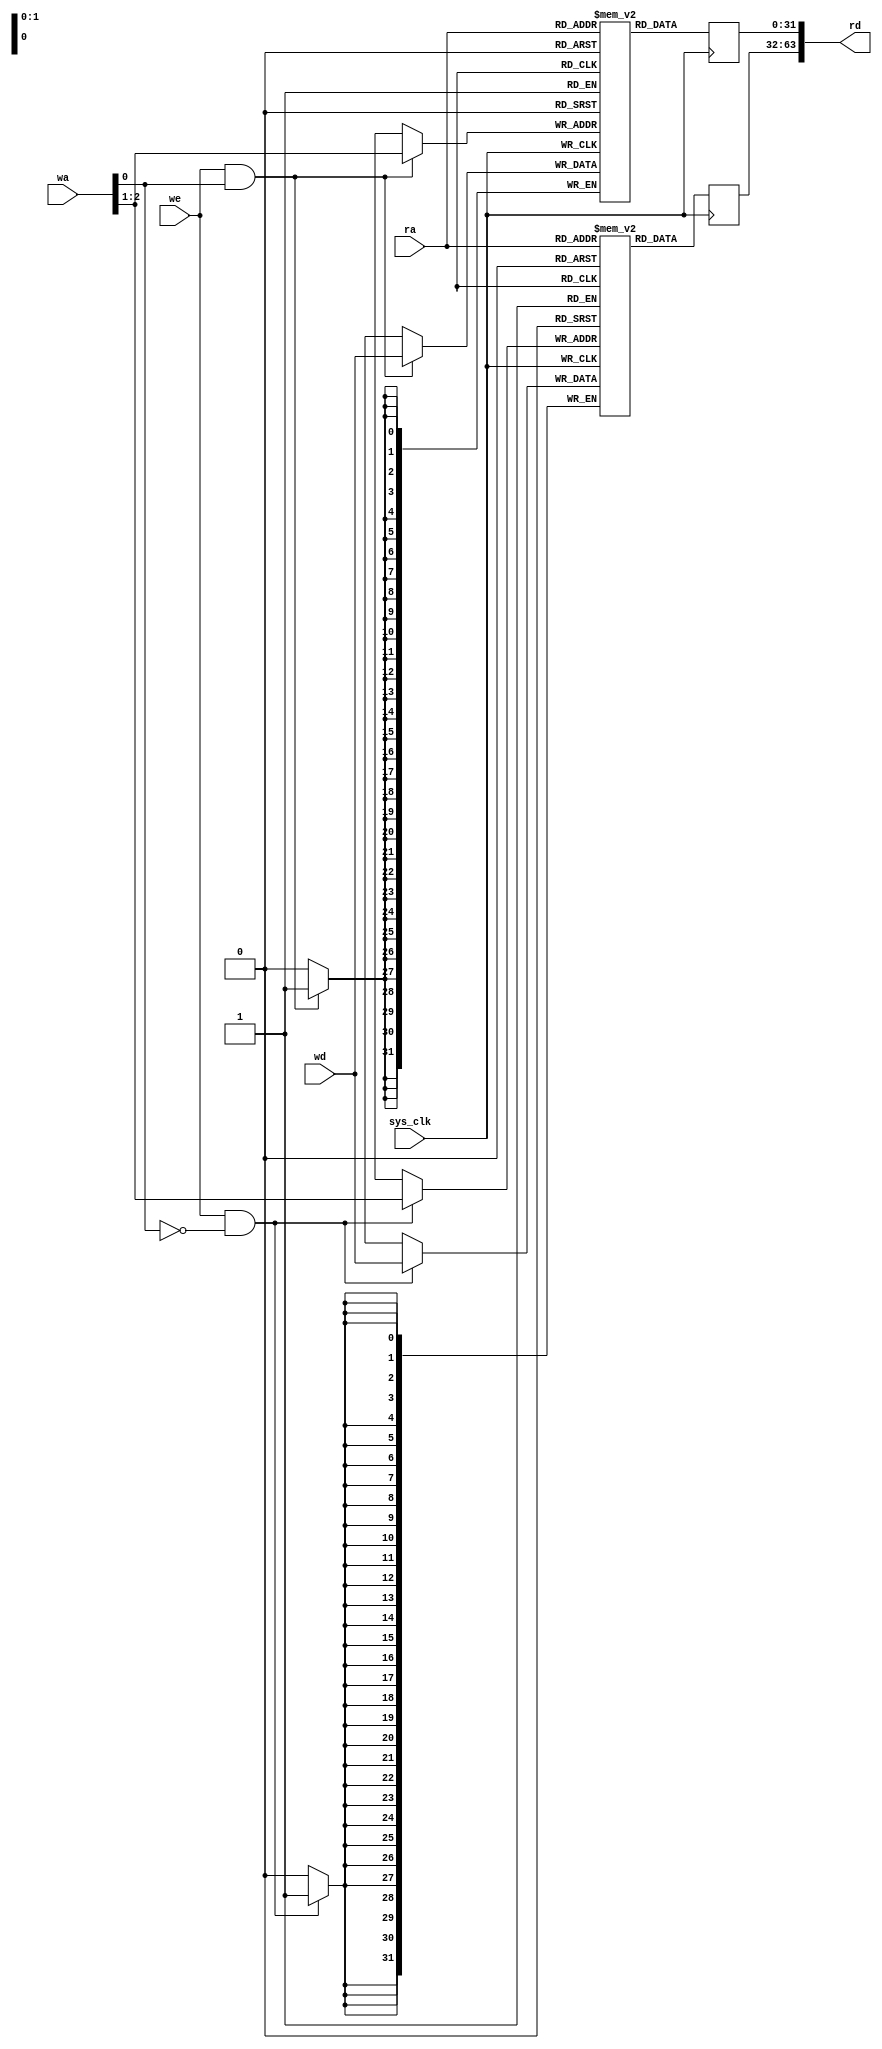
module bt656cap_burstmem(
	input sys_clk,

	input we,
	input [2:0] wa,
	input [31:0] wd,

	input [1:0] ra,
	output [63:0] rd
);

reg [31:0] mem1[0:3];
reg [31:0] mem1_do;
always @(posedge sys_clk) begin
	if(we & ~wa[0])
		mem1[wa[2:1]] <= wd;
	mem1_do <= mem1[ra];
end

reg [31:0] mem2[0:3];
reg [31:0] mem2_do;
always @(posedge sys_clk) begin
	if(we & wa[0])
		mem2[wa[2:1]] <= wd;
	mem2_do <= mem2[ra];
end

assign rd = {mem1_do, mem2_do};

endmodule